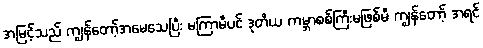
အမြင့်သည် ကျွန်တော့်အမေသေပြီး မကြာမီပင် ဒုတိယ ကမ္ဘာစစ်ကြီးမဖြစ်မီ ကျွန်တော့် အရင်